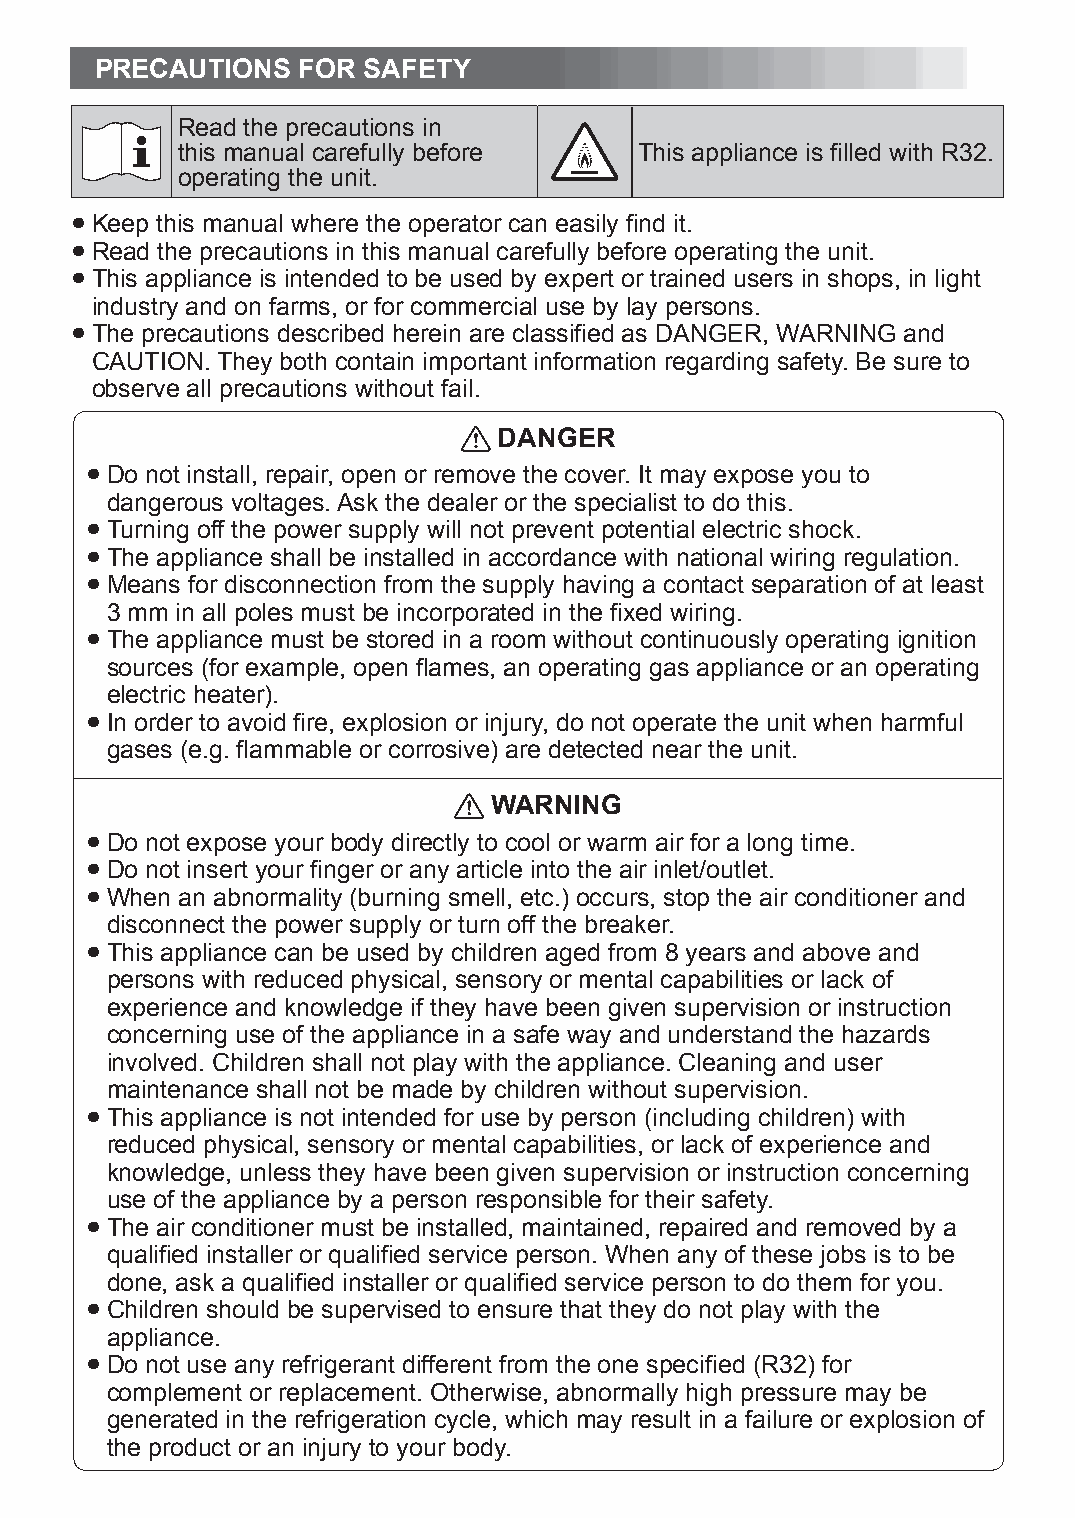
PRECAUTIONS   FOR SAFETY
 Read the precautions in
 this manual carefully before  This appliance is filled with R32.
 operating the unit.
 ● Keep this manual where the operator can easily find it.
 ● Read the precautions in this manual carefully before operating the unit.
 ● This appliance is intended to be used by expert or trained users in shops, in light
 industry and on farms, or for commercial use by lay persons.
 ● The precautions described herein are classified as DANGER, WARNING and
 CAUTION. They both contain important information regarding safety. Be sure to
 observe all precautions without fail.
 DANGER
 ● Do not install, repair, open or remove the cover. It may expose you to
 dangerous voltages. Ask the dealer or the specialist to do this.
 ● Turning off the power supply will not prevent potential electric shock.
 ● The appliance shall be installed in accordance with national wiring regulation.
 ● Means for disconnection from the supply having a contact separation of at least
 3 mm in all poles must be incorporated in the fixed wiring.
 ● The appliance must be stored in a room without continuously operating ignition
 sources (for example, open flames, an operating gas appliance or an operating
 electric heater).
 ● In order to avoid fire, explosion or injury, do not operate the unit when harmful
 gases (e.g. flammable or corrosive) are detected near the unit.
 WARNING
 ● Do not expose your body directly to cool or warm air for a long time.
 ● Do not insert your finger or any article into the air inlet/outlet.
 ● When an abnormality (burning smell, etc.) occurs, stop the air conditioner and
 disconnect the power supply or turn off the breaker.
 ● This appliance can be used by children aged from 8 years and above and
 persons with reduced physical, sensory or mental capabilities or lack of
 experience and knowledge if they have been given supervision or instruction
 concerning use of the appliance in a safe way and understand the hazards
 involved. Children shall not play with the appliance. Cleaning and user
 maintenance shall not be made by children without supervision.
 ● This appliance is not intended for use by person (including children) with
 reduced physical, sensory or mental capabilities, or lack of experience and
 knowledge, unless they have been given supervision or instruction concerning
 use of the appliance by a person responsible for their safety.
 ● The air conditioner must be installed, maintained, repaired and removed by a
 qualified installer or qualified service person. When any of these jobs is to be
 done, ask a qualified installer or qualified service person to do them for you.
 ● Children should be supervised to ensure that they do not play with the
 appliance.
 ● Do not use any refrigerant different from the one specified (R32) for
 complement or replacement. Otherwise, abnormally high pressure may be
 generated in the refrigeration cycle, which may result in a failure or explosion of
 the product or an injury to your body.